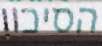
הסיכון